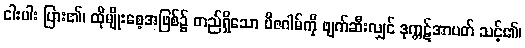
ငါးပါး ပြား၏၊ ထိုမျိုးစေ့အဖြစ်၌ တည်ရှိသော ဗီဇဂါမ်ကို ဖျက်ဆီးလျှင် ဒုက္ကဋ်အာပတ် သင့်၏၊